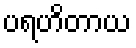
ပရဟိတာယ